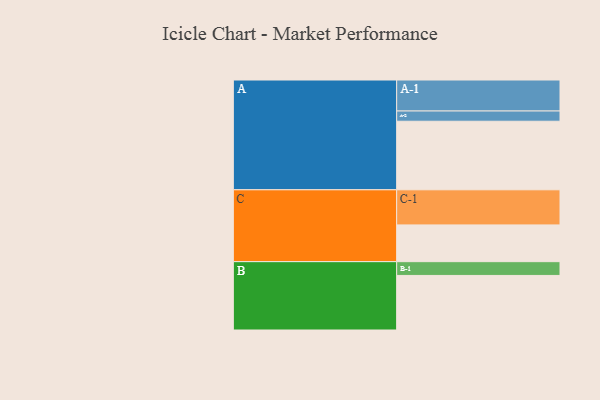
{"axis": {"x": "Segment", "y": "Value"}, "legend": ["", "A", "B", "C"], "data": [{"x": "A", "y": 582, "type": ""}, {"x": "B", "y": 463, "type": ""}, {"x": "C", "y": 312, "type": ""}, {"x": "A-1", "y": 263, "type": "A"}, {"x": "A-2", "y": 87, "type": "A"}, {"x": "B-1", "y": 117, "type": "B"}, {"x": "C-1", "y": 298, "type": "C"}]}